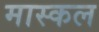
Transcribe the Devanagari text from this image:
मास्कल